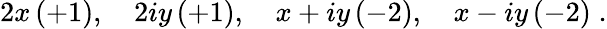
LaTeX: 2x\, (+1),\quad 2iy\, (+1),\quad x+iy\, (-2),\quad x-iy\, (-2)\; .